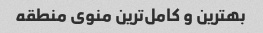
بهترین و کامل‌ترین منوی منطقه